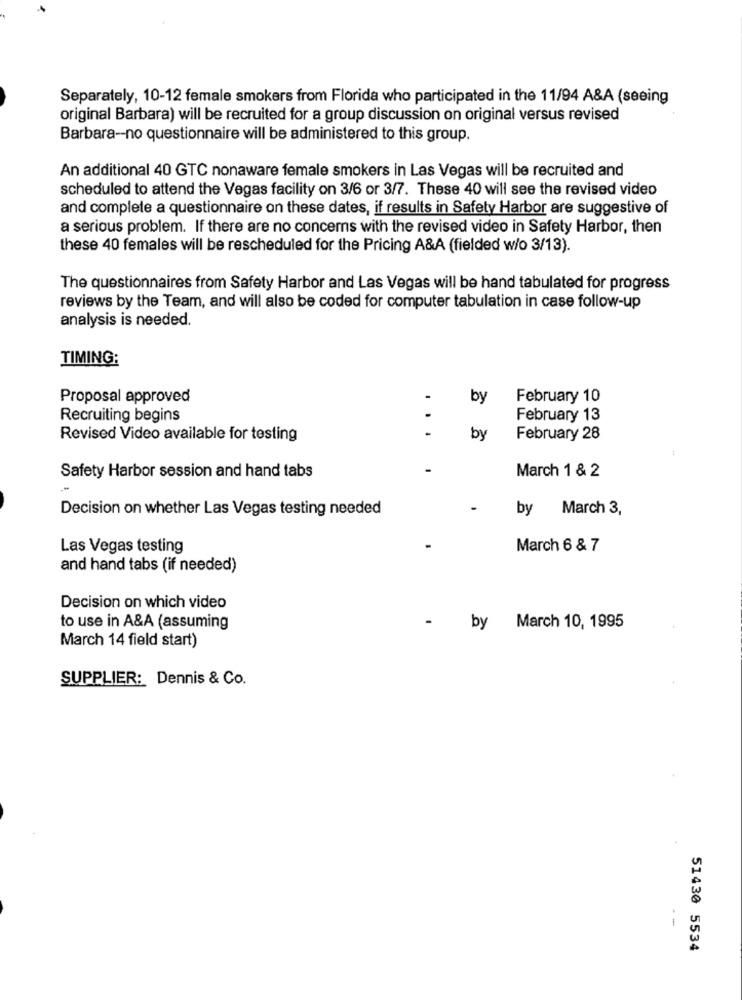
Separately, 10-12 female smokers from Florida who participated in the 11/94 A&A (seeing
original Barbara) will be recruited for a group discussion on original versus revised
Barbara-no questionnaire will be administered to this group.
An additional 40 GTC nonaware female smokers in Las Vegas will be recruited and
scheduled to attend the Vegas facility on 3/6 or 3/7. These 40 will see the revised video
and complete a questionnaire on these dates, if results in Safety Harbor are suggestive of
a serious problem. If there are no concerns with the revised video in Safety Harbor, then
these 40 females will be rescheduled for the Pricing A&A (fielded w/o 3/13).
The questionnaires from Safety Harbor and Las Vegas will be hand tabulated for progress
reviews by the Team, and will also be coded for computer tabulation in case follow-up
analysis is needed.
TIMING:
Proposal approved
by
February 10
Recruiting begins
February 13
Revised Video available for testing
by
February 28
Safety Harbor session and hand tabs
March 1 & 2
Decision on whether Las Vegas testing needed
by
March 3,
Las Vegas testing
March 6 & 7
and hand tabs (if needed)
Decision on which video
to use in A&A (assuming
by
March 10, 1995
March 14 field start)
SUPPLIER: Dennis & Co.
--
51430 5534